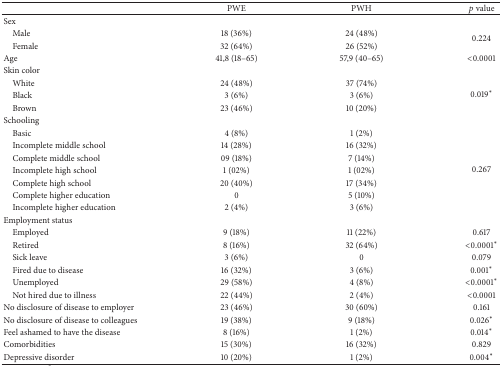
<table><thead><tr><td><b> </b></td><td><b>PWE</b></td><td><b>PWH</b></td><td><b><i>p</i> value</b></td></tr></thead><tbody><tr><td>Sex</td><td> </td><td> </td><td> </td></tr><tr><td> Male</td><td>18 (36%)</td><td>24 (48%)</td><td rowspan="2">0.224</td></tr><tr><td> Female</td><td>32 (64%)</td><td>26 (52%)</td></tr><tr><td>Age</td><td>41,8 (18–65)</td><td>57,9 (40–65)</td><td>&lt;0.0001</td></tr><tr><td>Skin color</td><td> </td><td> </td><td> </td></tr><tr><td> White</td><td>24 (48%)</td><td>37 (74%)</td><td rowspan="3">0.019<sup><i>∗</i></sup></td></tr><tr><td> Black</td><td>3 (6%)</td><td>3 (6%)</td></tr><tr><td> Brown</td><td>23 (46%)</td><td>10 (20%)</td></tr><tr><td>Schooling</td><td> </td><td> </td><td> </td></tr><tr><td> Basic</td><td>4 (8%)</td><td>1 (2%)</td><td rowspan="7">0.267</td></tr><tr><td> Incomplete middle school</td><td>14 (28%)</td><td>16 (32%)</td></tr><tr><td> Complete middle school</td><td>09 (18%)</td><td>7 (14%)</td></tr><tr><td> Incomplete high school</td><td>1 (02%)</td><td>1 (02%)</td></tr><tr><td> Complete high school</td><td>20 (40%)</td><td>17 (34%)</td></tr><tr><td> Complete higher education</td><td>0</td><td>5 (10%)</td></tr><tr><td> Incomplete higher education</td><td>2 (4%)</td><td>3 (6%)</td></tr><tr><td>Employment status</td><td> </td><td> </td><td> </td></tr><tr><td> Employed</td><td>9 (18%)</td><td>11 (22%)</td><td>0.617</td></tr><tr><td> Retired</td><td>8 (16%)</td><td>32 (64%)</td><td>&lt;0.0001<sup><i>∗</i></sup></td></tr><tr><td> Sick leave</td><td>3 (6%)</td><td>0</td><td>0.079</td></tr><tr><td> Fired due to disease</td><td>16 (32%)</td><td>3 (6%)</td><td>0.001<sup><i>∗</i></sup></td></tr><tr><td> Unemployed</td><td>29 (58%)</td><td>4 (8%)</td><td>&lt;0.0001<sup><i>∗</i></sup></td></tr><tr><td> Not hired due to illness</td><td>22 (44%)</td><td>2 (4%)</td><td>&lt;0.0001</td></tr><tr><td>No disclosure of disease to employer</td><td>23 (46%)</td><td>30 (60%)</td><td>0.161</td></tr><tr><td>No disclosure of disease to colleagues</td><td>19 (38%)</td><td>9 (18%)</td><td>0.026<sup><i>∗</i></sup></td></tr><tr><td>Feel ashamed to have the disease</td><td>8 (16%)</td><td>1 (2%)</td><td>0.014<sup><i>∗</i></sup></td></tr><tr><td>Comorbidities</td><td>15 (30%)</td><td>16 (32%)</td><td>0.829</td></tr><tr><td>Depressive disorder</td><td>10 (20%)</td><td>1 (2%)</td><td>0.004<sup><i>∗</i></sup></td></tr></tbody></table>